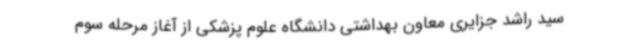
سید راشد جزایری معاون بهداشتی دانشگاه علوم پزشکی از آغاز مرحله سوم